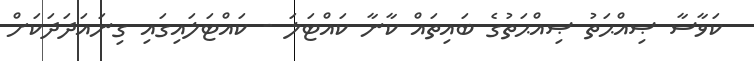
ކަވާސާ ޞިއްޙަތު ޞިއްޙަތުގެ ބައިތައް ކާނާ ކައްޓަލަ - ކައްޓަލައިގައި ގިނައަދަދަކަށް